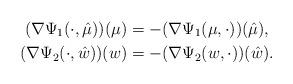
LaTeX: \begin{align*}(\nabla \Psi_1(\cdot,\hat{\mu}))(\mu) & = - (\nabla \Psi_1(\mu,\cdot))(\hat{\mu}), \\(\nabla \Psi_2(\cdot,\hat{w}))(w) & = - (\nabla \Psi_2(w,\cdot))(\hat{w}).\end{align*}